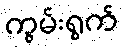
ကွမ်းရွက်